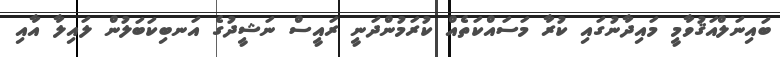
ބައިނަލްއަޤުވާމީ މައިދާނުގައި ކުރާ މަސައްކަތެއް ކުރަމުންދަނީ ރައީސް ނަޝީދުގެ އަނބިކަބަލުން ލައިލާ އާއި